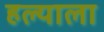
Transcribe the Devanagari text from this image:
हल्याला